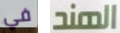
في الهند